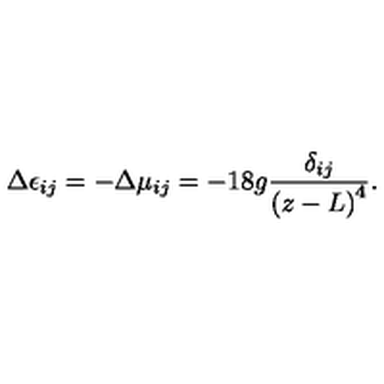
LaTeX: \Delta \epsilon _ { i j } = - \Delta \mu _ { i j } = - 1 8 g { \frac { \delta _ { i j } } { \left( z - L \right) ^ { 4 } } } .